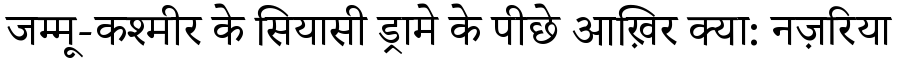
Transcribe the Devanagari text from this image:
जम्मू-कश्मीर के सियासी ड्रामे के पीछे आख़िर क्या: नज़रिया